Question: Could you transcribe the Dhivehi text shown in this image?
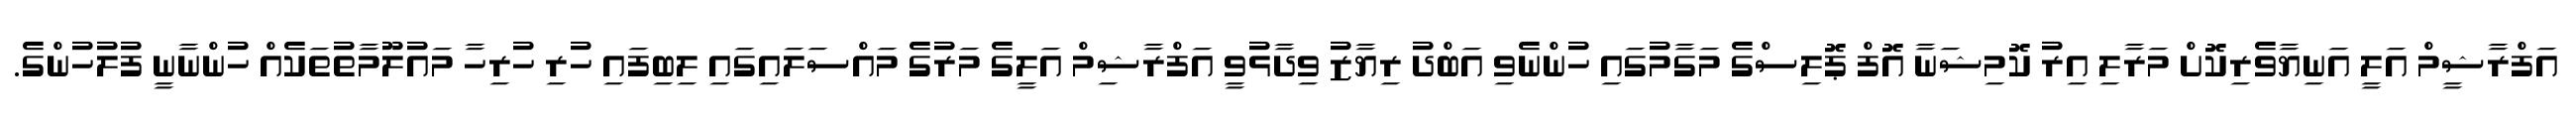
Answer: އަފްރާޝީމް އަލީ އަނިޔާވެރިކޮށް މަރާލި އިރު ކޮމިޝަނާ އޮފް ޕޮލިސްގެ މަގާމުގައި ހުންނެވި އަބްދު ރިޔާޒު ވިދާޅުވީ އަފްރާޝިމް އަލީގެ މަރުގެ މައްސަލައިގައި ލިބިފައި ހުރި ހުރިހާ މައުލޫމާތުތަކެއް ހުންނާނީ ފުލުހުންގެ.